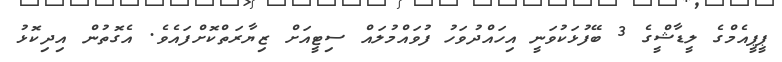
ޕީޕީއެމްގެ ލީީޑާޝީްގެ 3 ބޭފުޅަކުވަނީ އިހައްދުވަހު ފުވައްމުލައް ސިޓީއަށް ޒިޔާރަތްކޮށްފައެވެ. އެގޮތުން އިދިކޮޅު